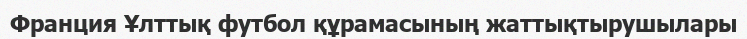
Франция Ұлттық футбол құрамасының жаттықтырушылары